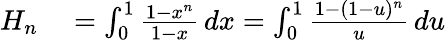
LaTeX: \begin{array}{rl}{H_{n}}&{{}=\int_{0}^{1}{\frac{1-x^{n}}{1-x}}\, dx=\int_{0}^{1}{\frac{1-(1-u)^{n}}{u}}\, du}\end{array}